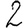
Digit: 2